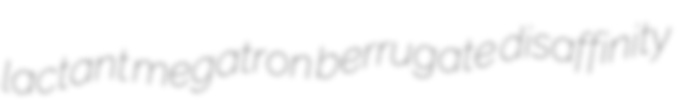
lactant megatron berrugate disaffinity